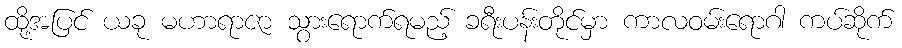
ထို့အပြင် ယခု မဟာရာဇာ သွားရောက်ရမည့် ခရီးပန်းတိုင်မှာ ကာလဝမ်းရောဂါ ကပ်ဆိုက်